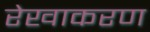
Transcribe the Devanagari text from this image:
रेखाकरण